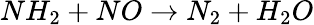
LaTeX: NH_{2}+NO\rightarrow N_{2}+H_{2}O